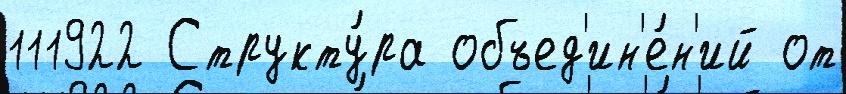
111922 Структу́ра объед'ин'е́н'ий от